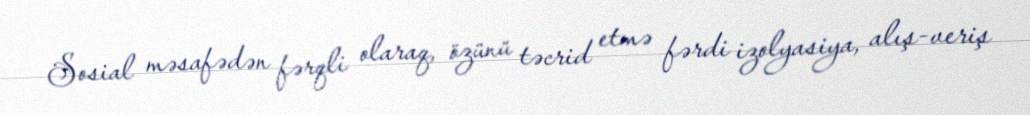
Sosial məsafədən fərqli olaraq, özünü təcrid etmə fərdi izolyasiya, alış-veriş